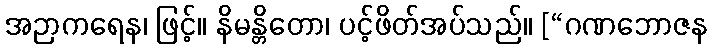
အဉာကရေန၊ ဖြင့်။ နိမန္တိတော၊ ပင့်ဖိတ်အပ်သည်။ [“ဂဏဘောဇန